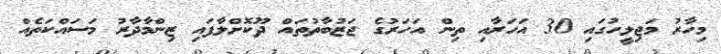
މިހާރު މަޖިލީހުގައި 30 އަހަރާއި ތިން އަހަރުގެ ޖަޒުބާތުތައް ދޫކޮށްލާފައި ޒިންމާދާރު މަސައްކަތެއް